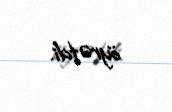
öyrətdi.